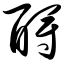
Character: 酹